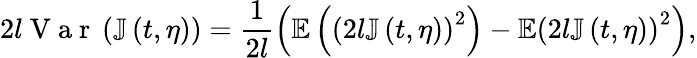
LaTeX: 2l\mathrm{~V~a~r~}\left(\mathbb{J}\left(t,\eta\right)\right)=\frac{1}{2l}\left(\mathbb{E}\left(\left(2l\mathbb{J}\left(t,\eta\right)\right)^{2}\right)-\mathbb{E}\left(2l\mathbb{J}\left(t,\eta\right)\right)^{2}\right),